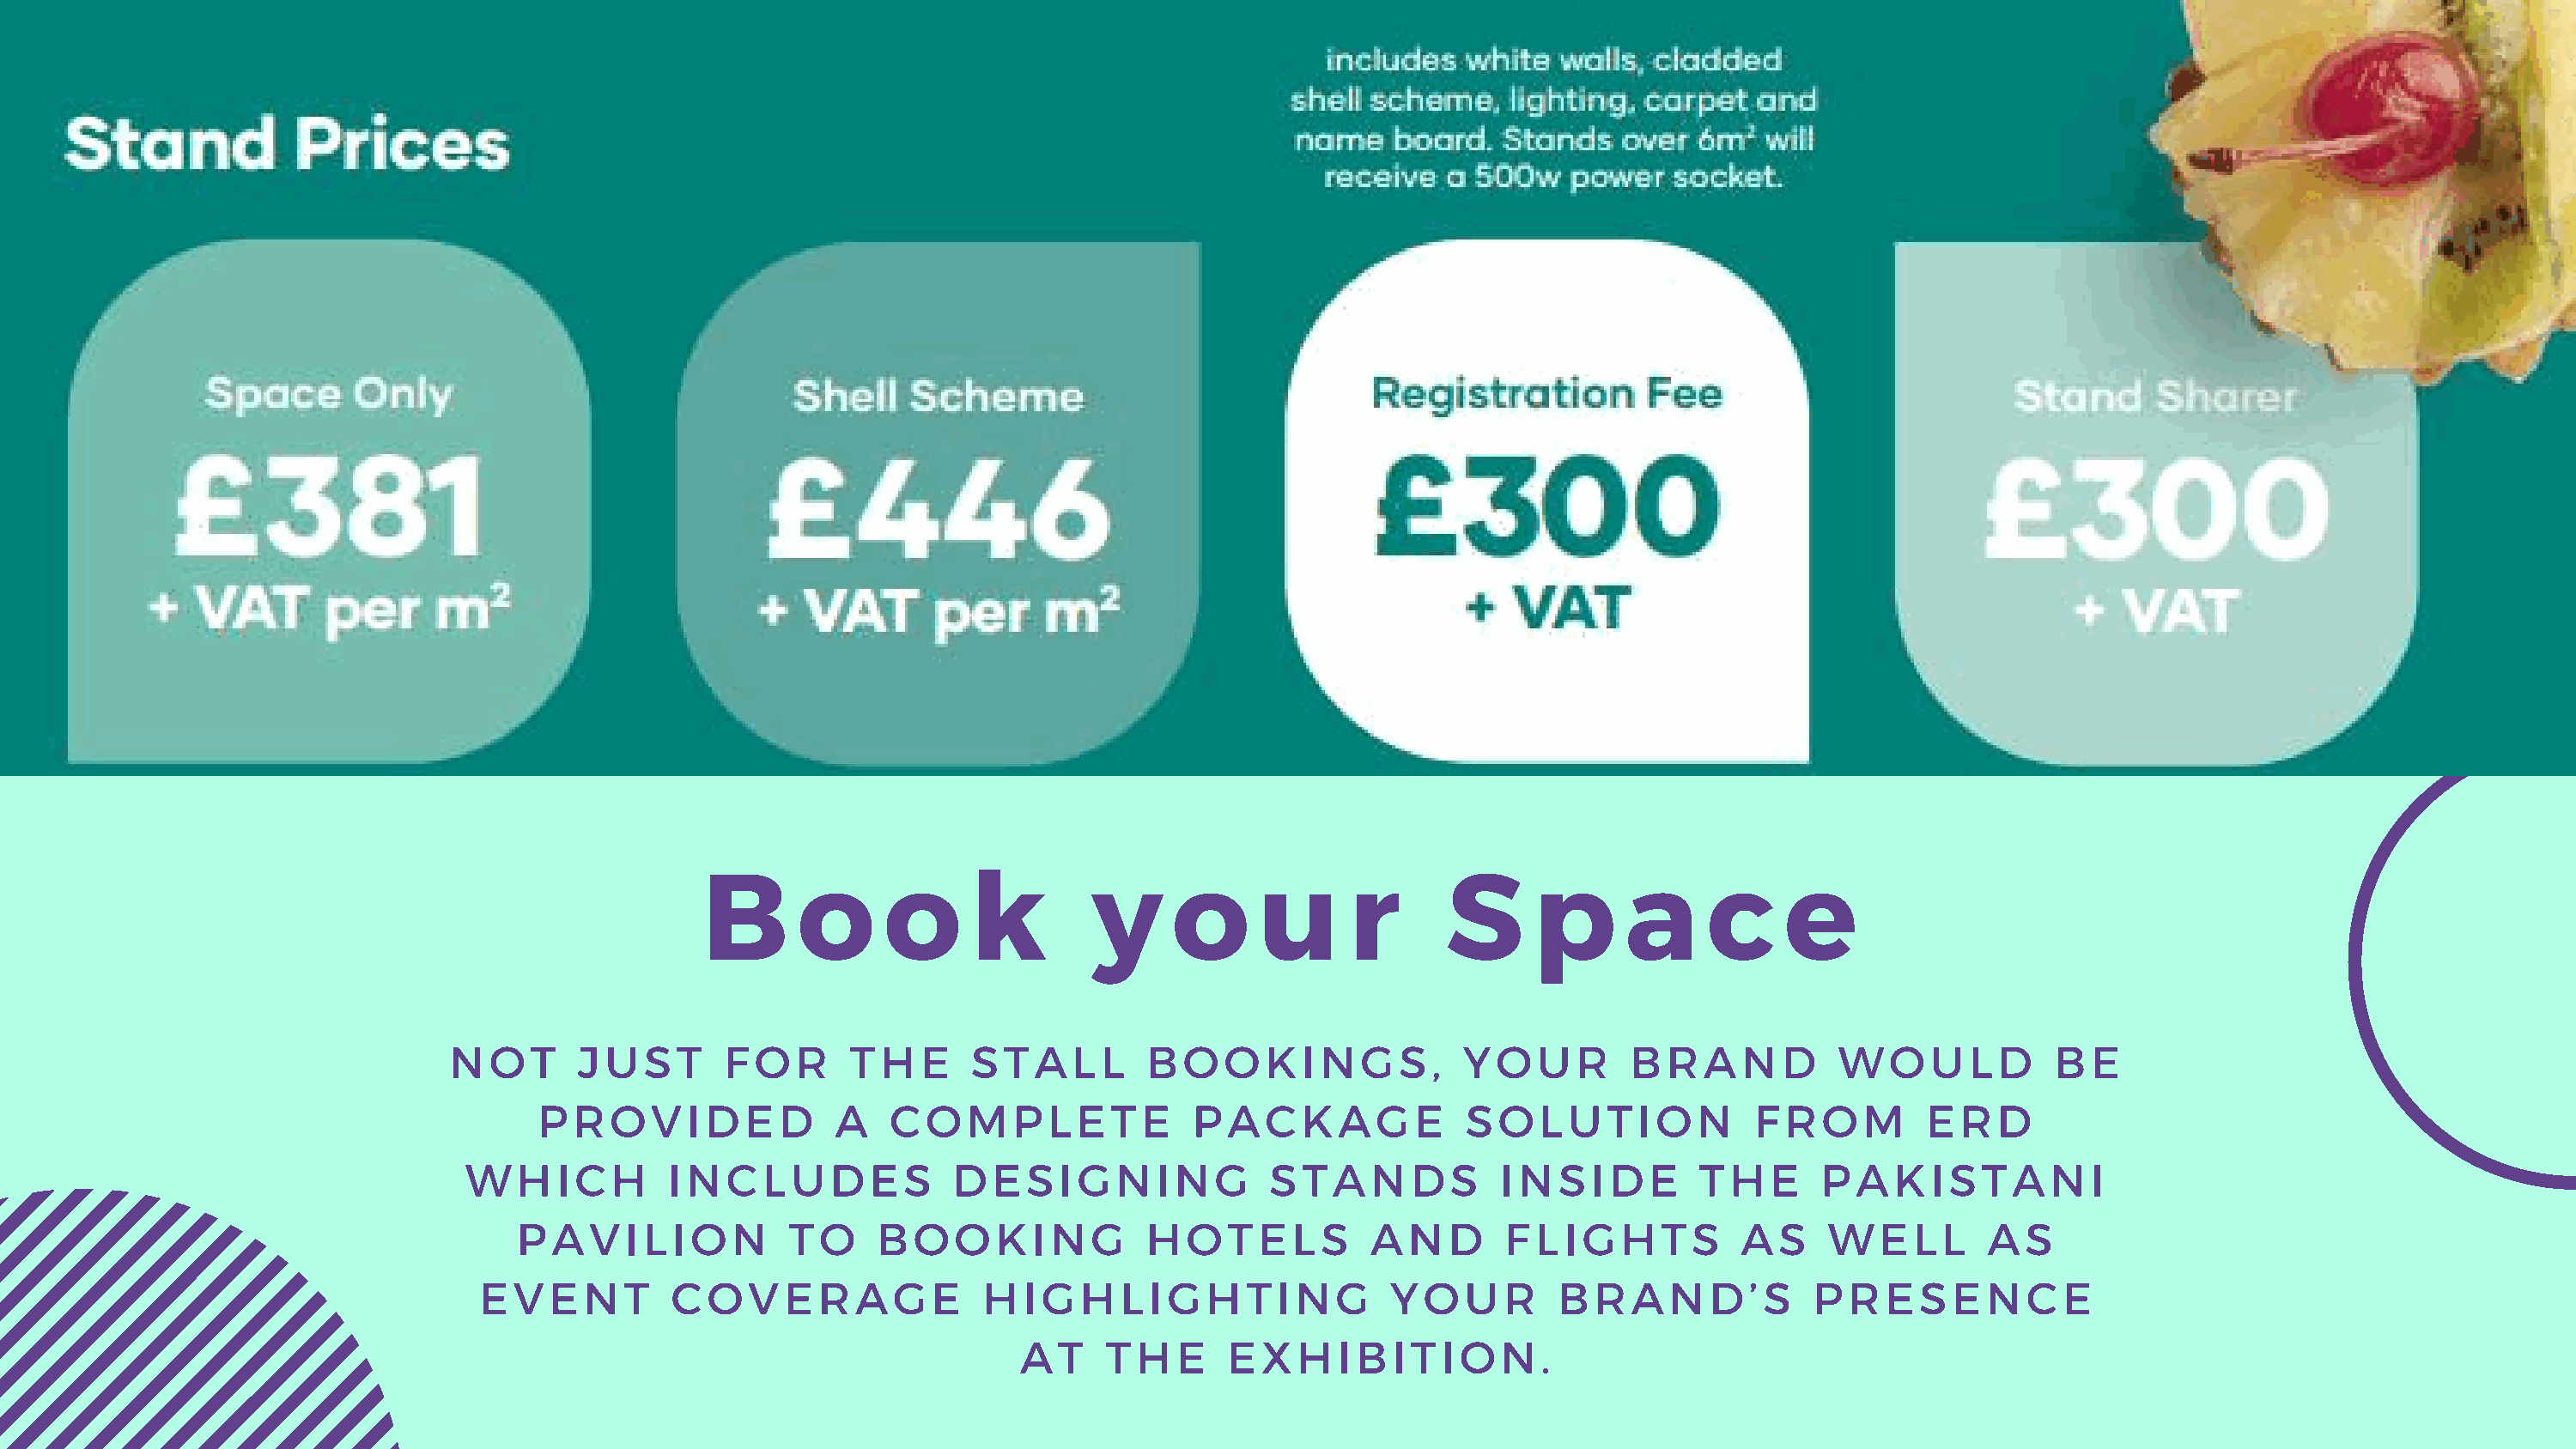
B      o      o      k        y     o      u      r      S      p      a      c     e
 NOT       JUST       FOR      THE       STALL        BOOKINGS,                YOUR         BRAND           WOULD           BE
 PROVIDED               A    COMPLETE               PACKAGE              SOLUTION              FROM         ERD
 WHICH          INCLUDES              DESIGNING                STANDS            INSIDE         THE      PAKISTANI
 PAVILION             TO     BOOKING             HOTELS            AND       FLIGHTS           AS     WELL        AS
 EVENT          COVERAGE                HIGHLIGHTING                   YOUR         BRAND’S             PRESENCE
 AT    THE       EXHIBITION.